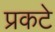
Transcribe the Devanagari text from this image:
प्रकटे